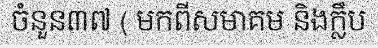
ចំនួន៣៧ ( មកពីសមាគម និងក្លឹប